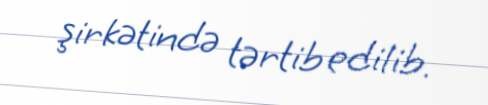
şirkətində tərtib edilib.